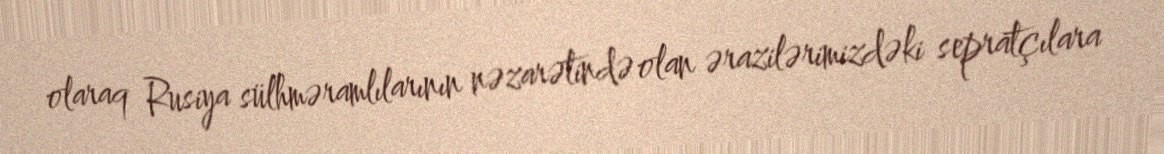
olaraq Rusiya sülhməramlılarının nəzarətində olan ərazilərimizdəki sepratçılara